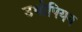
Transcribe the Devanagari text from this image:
उथोपियन